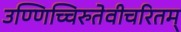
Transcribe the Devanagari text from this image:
उण्णिच्चिरुतेवीचरितम्